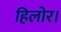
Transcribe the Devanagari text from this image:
हिलोर।